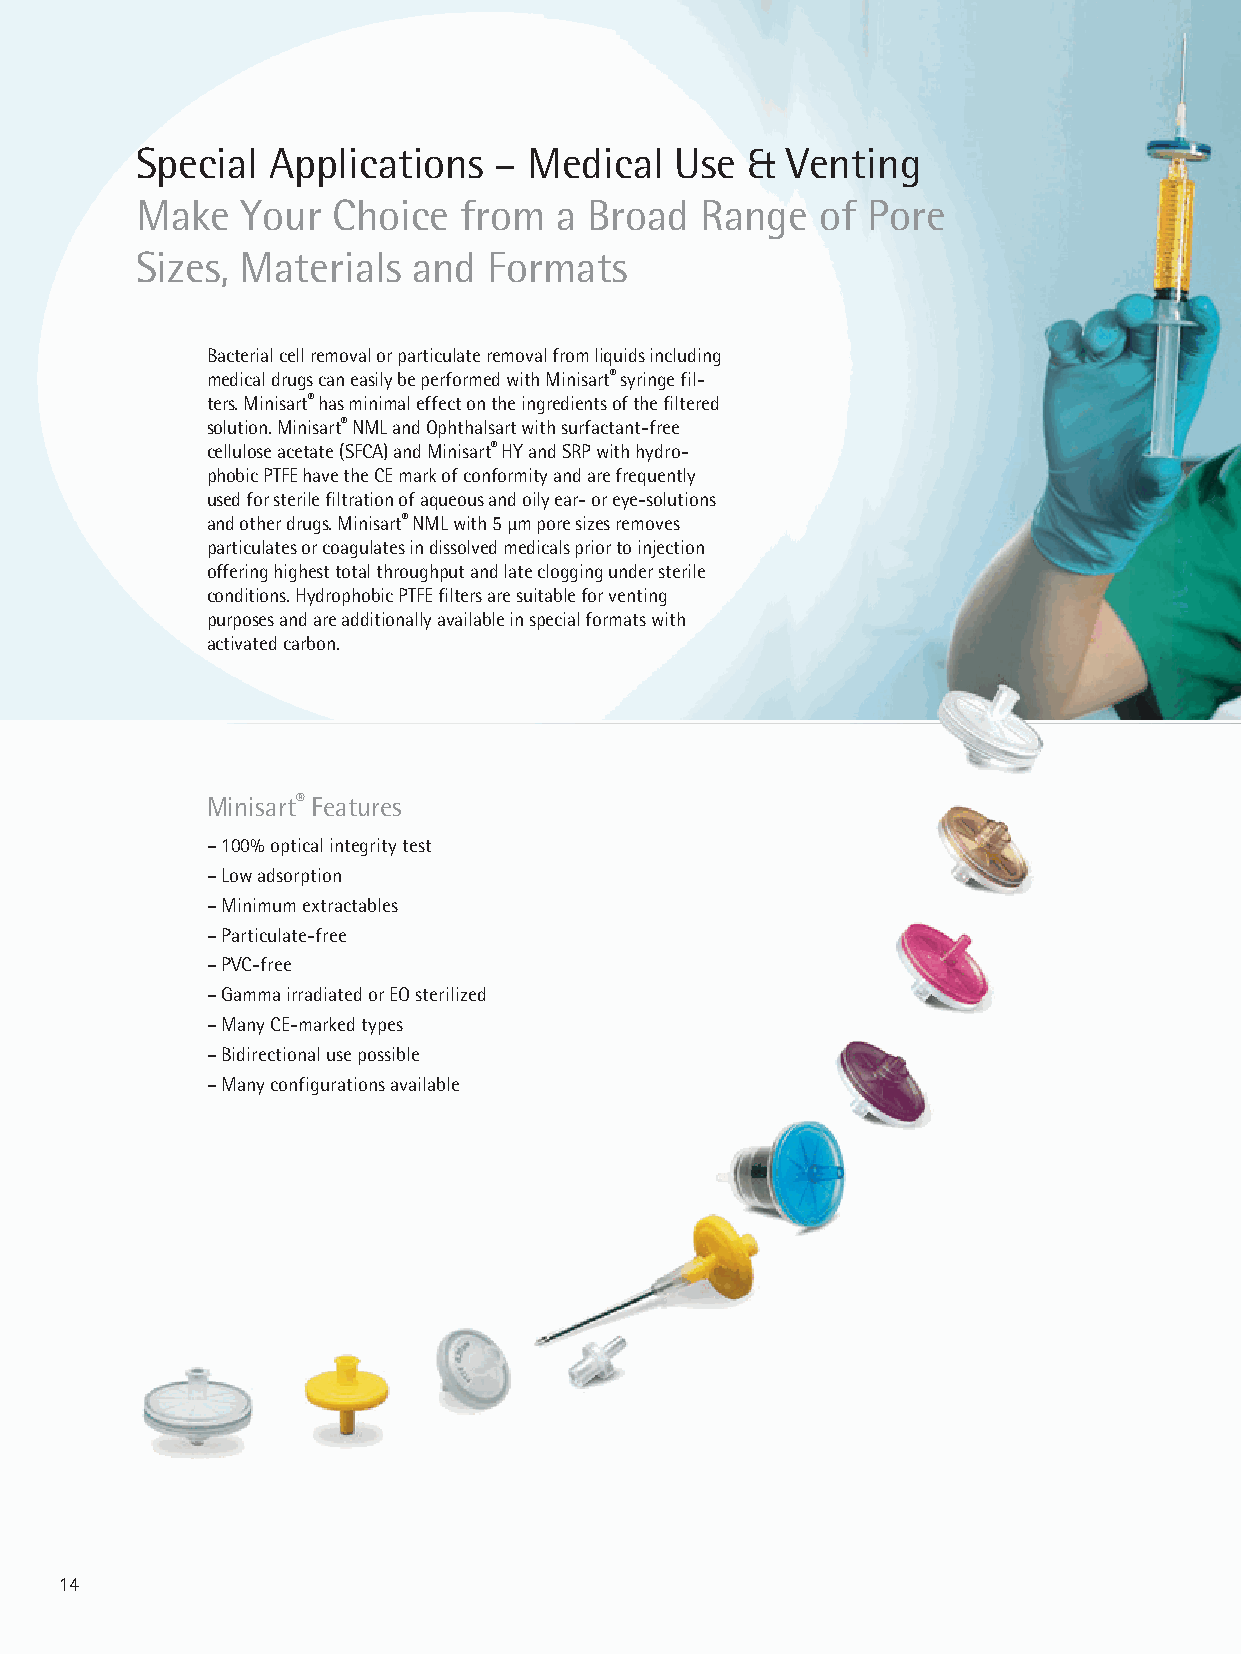
Special  Applications   – Medical   Use &  Venting
 Make   Your  Choice  from   a Broad  Range   of Pore
 Sizes, Materials  and  Formats
 Bacterial cell removal or particulate removal from liquids including
 medical drugs can easily be performed with Minisart® syringe fil-
 ters. Minisart® has minimal effect on the ingredients of the filtered
 solution. Minisart® NML and Ophthalsart with surfactant-free
 cellulose acetate (SFCA) and Minisart® HY and SRP with hydro-
 phobic PTFE have the CE mark of conformity and are frequently
 used for sterile filtration of aqueous and oily ear- or eye-solutions
 and other drugs. Minisart® NML with 5 μm pore sizes removes
 particulates or coagulates in dissolved medicals prior to injection
 offering highest total throughput and late clogging under sterile
 conditions. Hydrophobic PTFE filters are suitable for venting
 purposes and are additionally available in special formats with
 activated carbon.
 Minisart® Features
 – 100% optical integrity test
 – Low adsorption
 – Minimum extractables
 – Particulate-free
 – PVC-free
 – Gamma irradiated or EO sterilized
 – Many CE-marked types
 – Bidirectional use possible
 – Many configurations available
 14